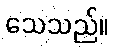
သေသည်။